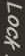
Lock